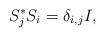
LaTeX: \begin{align*}S_j^{\ast} S_i = \delta_{i,j}I,\end{align*}